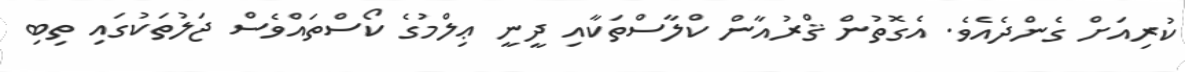
ކުރިއަށް ގެންދެއެވެ. އެގޮތުން ޤްރުއާން ކްލާސްތަކާއި ދީނީ ޢިލްމުގެ ކޯސްތައްވެސް ޖަލުތަކުގައި ތިބި